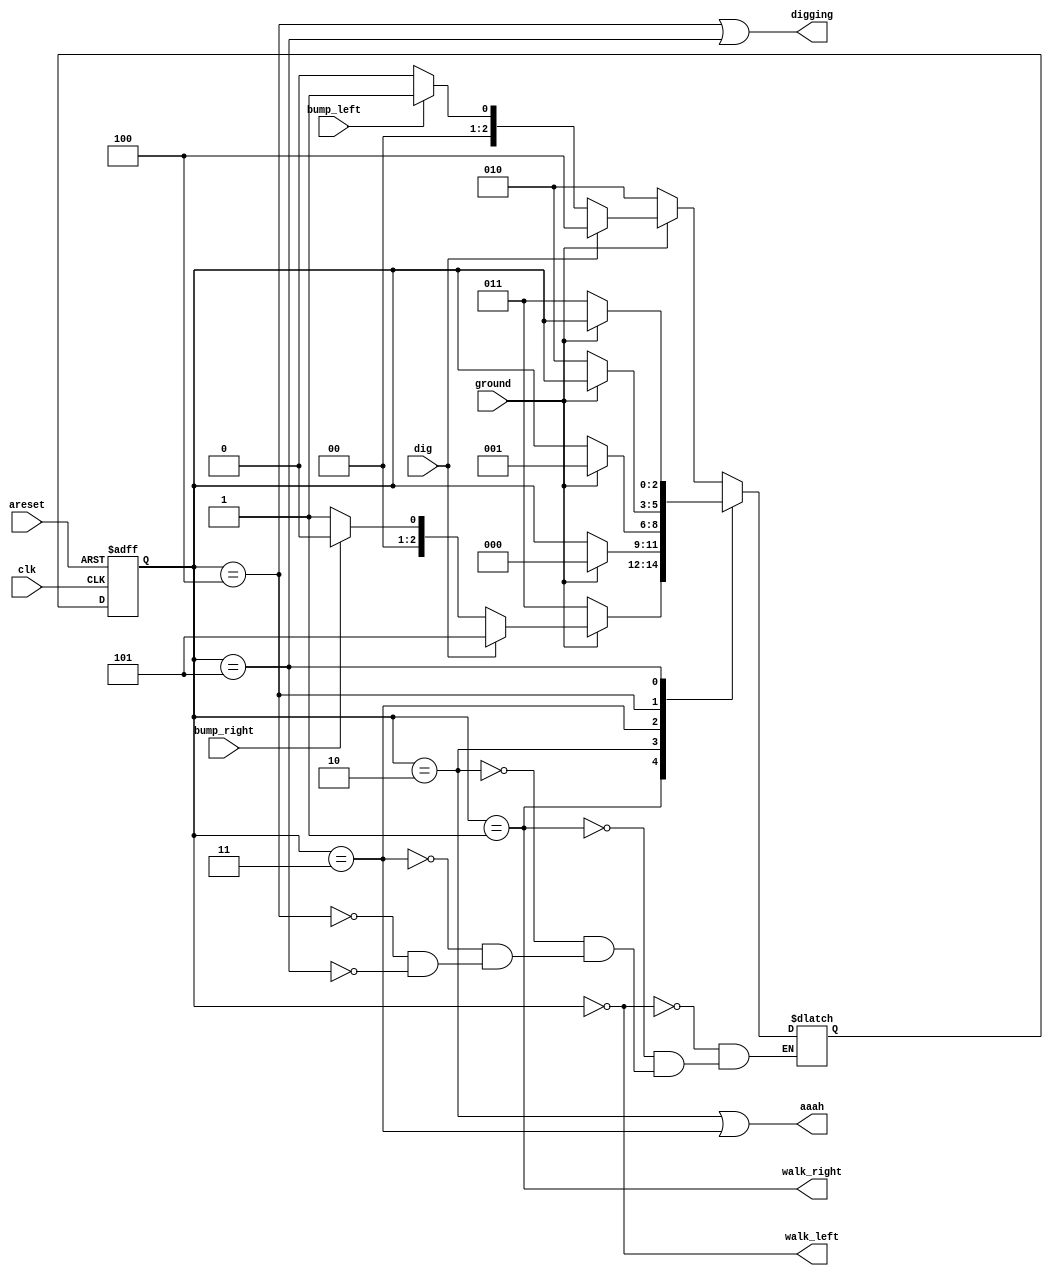
module top_module(
    input clk,
    input areset,    // Freshly brainwashed Lemmings walk left.
    input bump_left,
    input bump_right,
    input ground,
    input dig,
    output walk_left,
    output walk_right,
    output aaah,
    output digging ); 
    reg [2:0]state,next_state;
    parameter [2:0]WALK_LEFT=2'b000,
    WALK_RI=3'b001,
    FALL_LEFT=3'b010,
    FALL_RI=3'b011,
    DIG_LEFT=3'b100,
    DIG_RI=3'b101;
    
    always @(posedge clk, posedge areset)
        begin
            if(areset)
                state<=WALK_LEFT;
            else
                state<=next_state;
        end
    always @(*)
        begin
            case(state)
                WALK_LEFT:next_state=ground?(dig?DIG_LEFT:(bump_left?WALK_RI:WALK_LEFT)):FALL_LEFT;
                WALK_RI:next_state=ground?(dig?DIG_RI:(bump_right?WALK_LEFT:WALK_RI)):FALL_RI;
                FALL_LEFT:next_state=ground?WALK_LEFT:state;
                FALL_RI:next_state=ground?WALK_RI:state;
                DIG_LEFT:next_state=ground?state:FALL_LEFT;
                DIG_RI:next_state=ground?state:FALL_RI;
            endcase
                
        end
    assign walk_left=(state==WALK_LEFT);
    assign walk_right=(state==WALK_RI);
    assign aaah=(state==FALL_LEFT)||(state==FALL_RI);
    assign  digging=(state==  DIG_LEFT)||(state==DIG_RI);

endmodule